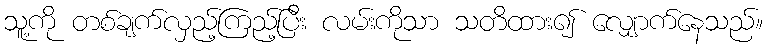
သူ့ကို တစ်ချက်လှည့်ကြည့်ပြီး လမ်းကိုသာ သတိထား၍ လျှောက်နေသည်။